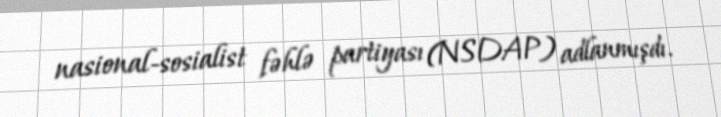
nasional-sosialist fəhlə partiyası (NSDAP) adlanmışdı.